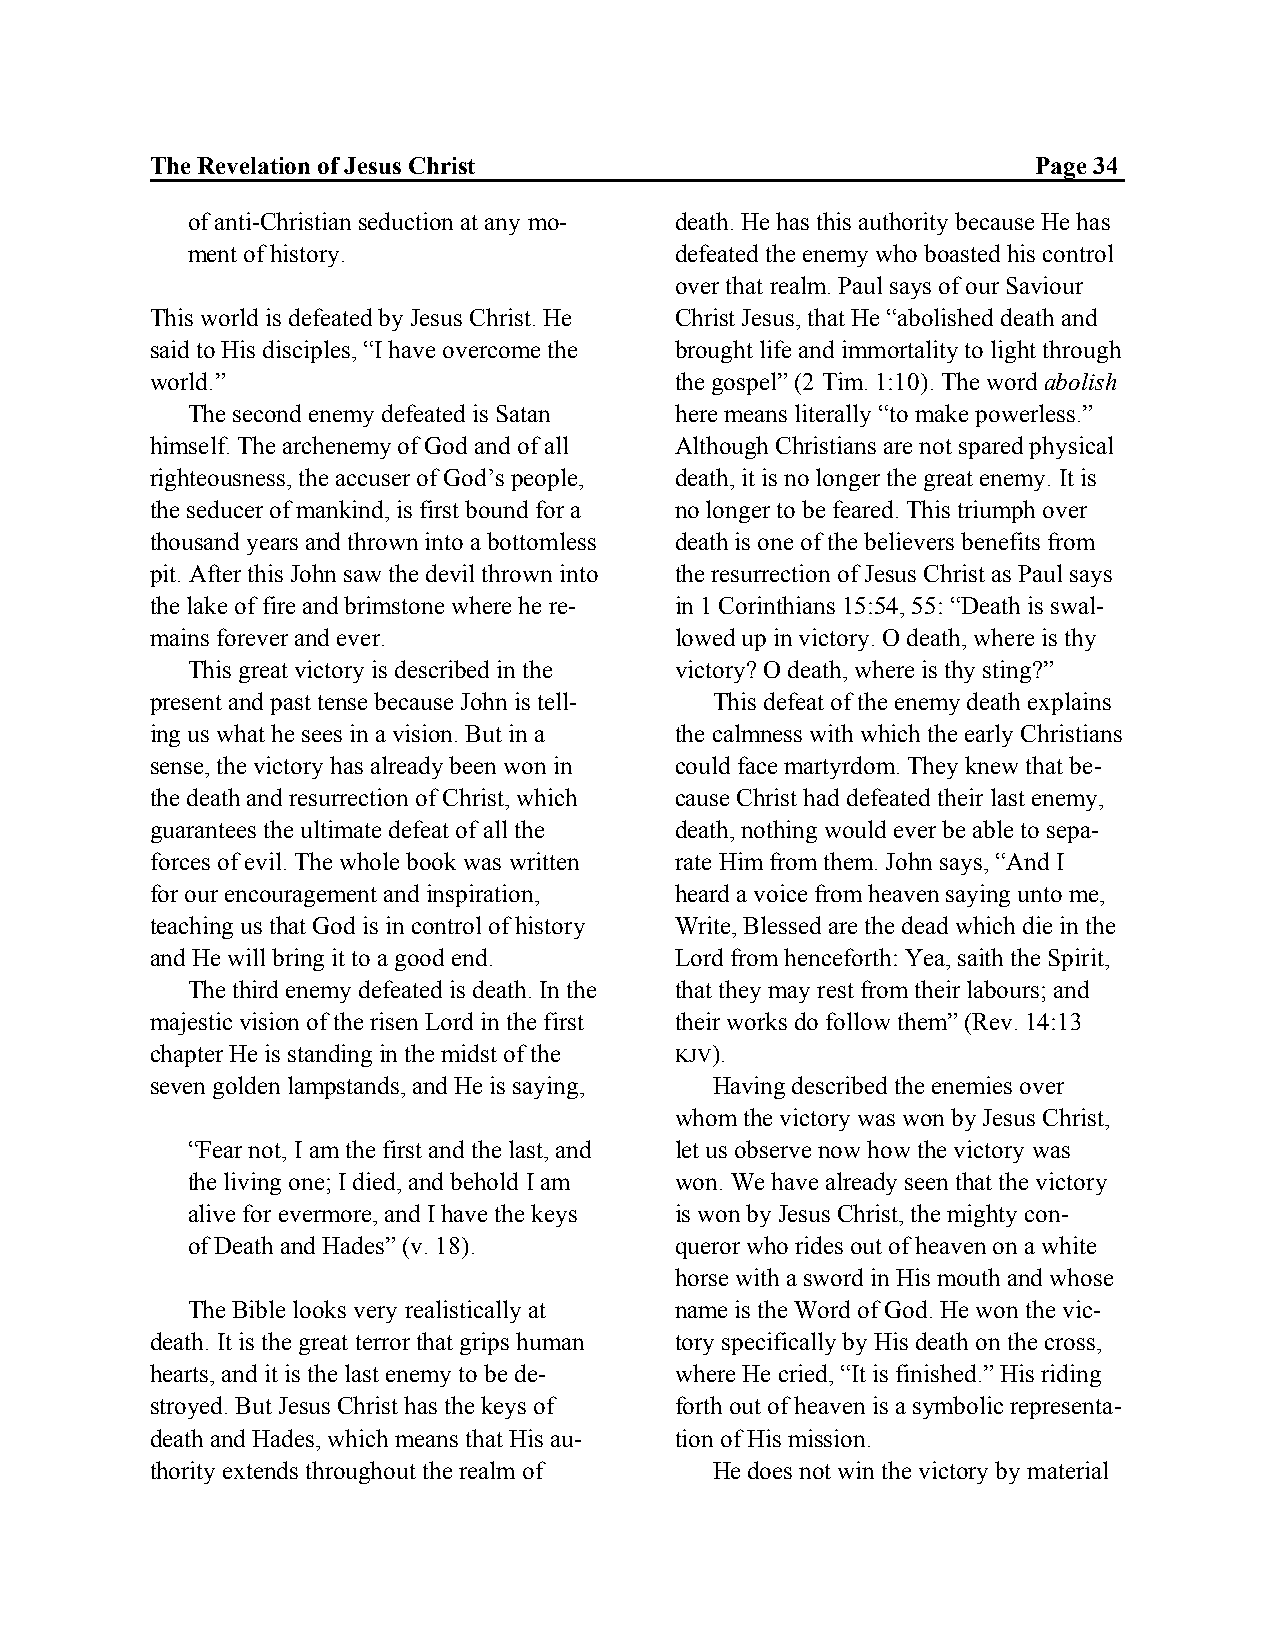
The Revelation of Jesus Christ                             Page 34
 of anti-Christian seduction at any mo- death. He has this authority because He has
 ment of history.                 defeated the enemy who boasted his control
 over that realm. Paul says of our Saviour
 This world is defeated by Jesus Christ. He Christ Jesus, that He “abolished death and
 said to His disciples, “I have overcome the brought life and immortality to light through
 world.”                            the gospel” (2 Tim. 1:10). The word abolish
 The second enemy defeated is Satan here means literally “to make powerless.”
 himself. The archenemy of God and of all Although Christians are not spared physical
 righteousness, the accuser of God’s people, death, it is no longer the great enemy. It is
 the seducer of mankind, is first bound for a no longer to be feared. This triumph over
 thousand years and thrown into a bottomless death is one of the believers benefits from
 pit. After this John saw the devil thrown into the resurrection of Jesus Christ as Paul says
 the lake of fire and brimstone where he re- in 1 Corinthians 15:54, 55: “Death is swal-
 mains forever and ever.            lowed up in victory. O death, where is thy
 This great victory is described in the victory? O death, where is thy sting?”
 present and past tense because John is tell- This defeat of the enemy death explains
 ing us what he sees in a vision. But in a the calmness with which the early Christians
 sense, the victory has already been won in could face martyrdom. They knew that be-
 the death and resurrection of Christ, which cause Christ had defeated their last enemy,
 guarantees the ultimate defeat of all the death, nothing would ever be able to sepa-
 forces of evil. The whole book was written rate Him from them. John says, “And I
 for our encouragement and inspiration, heard a voice from heaven saying unto me,
 teaching us that God is in control of history Write, Blessed are the dead which die in the
 and He will bring it to a good end. Lord from henceforth: Yea, saith the Spirit,
 The third enemy defeated is death. In the that they may rest from their labours; and
 majestic vision of the risen Lord in the first their works do follow them” (Rev. 14:13
 chapter He is standing in the midst of the KJV).
 seven golden lampstands, and He is saying, Having described the enemies over
 whom the victory was won by Jesus Christ,
 “Fear not, I am the first and the last, and let us observe now how the victory was
 the living one; I died, and behold I am won. We have already seen that the victory
 alive for evermore, and I have the keys is won by Jesus Christ, the mighty con-
 of Death and Hades” (v. 18).     queror who rides out of heaven on a white
 horse with a sword in His mouth and whose
 The Bible looks very realistically at name is the Word of God. He won the vic-
 death. It is the great terror that grips human tory specifically by His death on the cross,
 hearts, and it is the last enemy to be de- where He cried, “It is finished.” His riding
 stroyed. But Jesus Christ has the keys of forth out of heaven is a symbolic representa-
 death and Hades, which means that His au- tion of His mission.
 thority extends throughout the realm of He does not win the victory by material